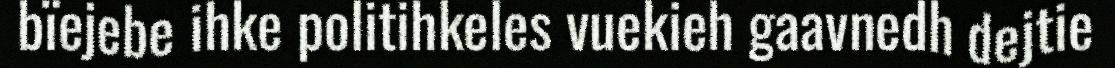
bïejebe ihke politihkeles vuekieh gaavnedh dejtie